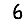
Digit: 6